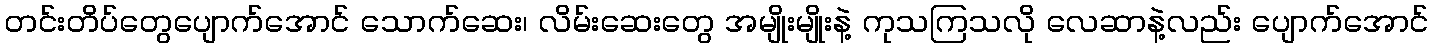
တင်းတိပ်တွေပျောက်အောင် သောက်ဆေး၊ လိမ်းဆေးတွေ အမျိုးမျိုးနဲ့ ကုသကြသလို လေဆာနဲ့လည်း ပျောက်အောင်